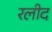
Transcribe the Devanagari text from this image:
रलीद